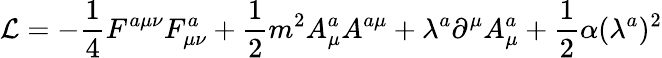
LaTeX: {\cal\mathcal{L}}=-\frac{1}{4}F^{a\mu\nu}F_{\mu\nu}^{a}+\frac{1}{2}m^{2}A_{\mu}^{a}A^{a\mu}+\lambda^{a}\partial^{\mu}A_{\mu}^{a}+\frac{1}{2}\alpha(\lambda^{a})^{2}